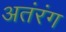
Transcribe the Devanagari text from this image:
अतंरंग